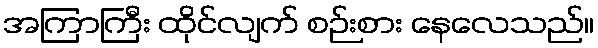
အကြာကြီး ထိုင်လျက် စဉ်းစား နေလေသည်။